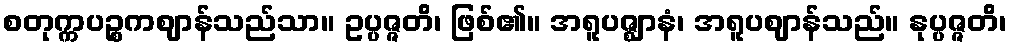
စတုက္ကပဉ္စကဈာန်သည်သာ။ ဥပ္ပဇ္ဇတိ၊ ဖြစ်၏။ အရူပဇ္ဈာနံ၊ အရူပဈာန်သည်။ နုပ္ပဇ္ဇတိ၊